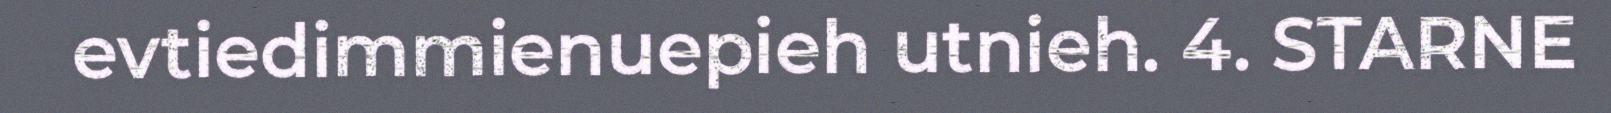
evtiedimmienuepieh utnieh. 4. STARNE